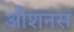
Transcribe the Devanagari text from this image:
औशनस